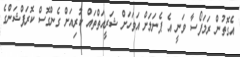
އެގޮތުން ރަމަފޯސާ ވަނީ އެ ޕެނަލަށް އަވަހަށް ޝަރީއަތްތައް ކުރިއަށް ގެންގޮސް ކޮރަޕްޝަންގެ